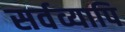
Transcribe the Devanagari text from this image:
सर्वव्यापि